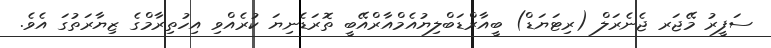
ސަފީރު މޭޖަރ ޖެނެރަލް (ރިޓަޔަޑް) ބީއާރްޑަބްލިޔުއެމްއާރްއޭބީ ތޮރަޑެނިޔަ ކުރެއްވި އިހުތިރާމްގެ ޒިޔާރަތުގަ އެވެ.